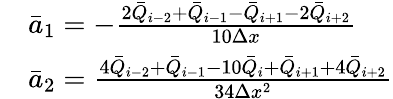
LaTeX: \begin{array}{rl}&{{{{\bar{a}}}_{1}}=-\frac{2{{{\bar{Q}}}_{i-2}}+{{{\bar{Q}}}_{i-1}}-{{{\bar{Q}}}_{i+1}}-2{{{\bar{Q}}}_{i+2}}}{10\Delta x}}\\ &{{{{\bar{a}}}_{2}}=\frac{4{{{\bar{Q}}}_{i-2}}+{{{\bar{Q}}}_{i-1}}-10{{{\bar{Q}}}_{i}}+{{{\bar{Q}}}_{i+1}}+4{{{\bar{Q}}}_{i+2}}}{34\Delta{{x}^{2}}}}\end{array}